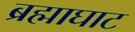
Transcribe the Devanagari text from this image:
ब्रह्माघाट